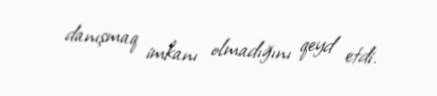
danışmaq imkanı olmadığını qeyd etdi.